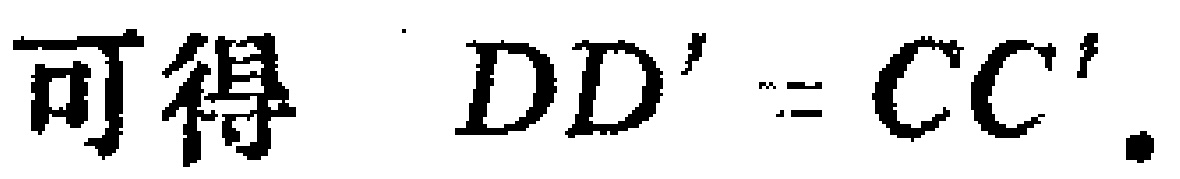
可得 \(DD' = CC'\).